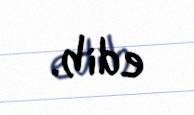
edib.